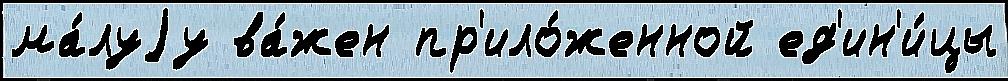
ма́луjу ва́жен пр'ило́женной ед'ин'и́цы